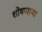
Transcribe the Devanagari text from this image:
शोषणाऱ्या